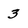
Character: 3